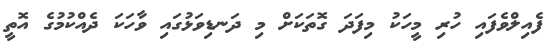
ފެއިލްވެފައި ހުރި މީހަކު މިފަދަ ގޮތަކަށް މި ދަނޑިވަޅުގައި ވާހަކަ ދެއްކުމުގެ އޮތީ